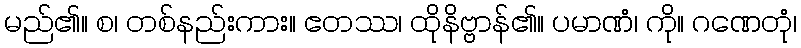
မည်၏။ စ၊ တစ်နည်းကား။ ဧတဿ၊ ထိုနိဗ္ဗာန်၏။ ပမာဏံ၊ ကို။ ဂဏေတုံ၊